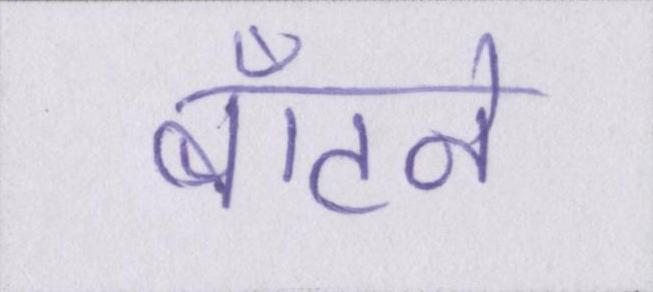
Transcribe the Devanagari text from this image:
बाँटने